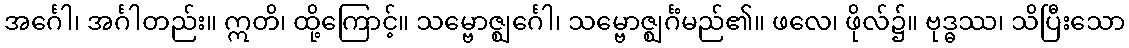
အင်္ဂေါ၊ အင်္ဂါတည်း။ ဣတိ၊ ထို့ကြောင့်။ သမ္ဗောဇ္ဈင်္ဂေါ၊ သမ္ဗောဇ္ဈင်္ဂံမည်၏။ ဖလေ၊ ဖိုလ်၌။ ဗုဒ္ဓဿ၊ သိပြီးသော